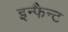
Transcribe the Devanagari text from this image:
इन्फैन्ट